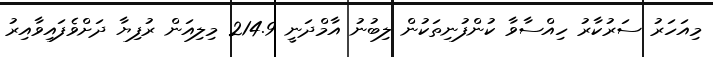
މިއަހަރު ސަރުކާރު ހިއްސާވާ ކުންފުނިތަކުން ލިބުނު އާމްދަނީ 214.9 މިލިއަން ރުފިޔާ ދަށްވެފައިވާއިރު